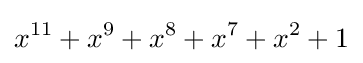
x^{11}+x^{9}+x^{8}+x^{7}+x^{2}+1